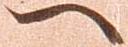
へ